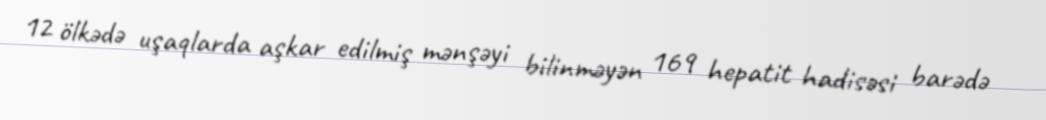
12 ölkədə uşaqlarda aşkar edilmiş mənşəyi bilinməyən 169 hepatit hadisəsi barədə